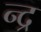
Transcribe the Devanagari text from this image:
न्द्र